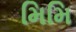
મિમિ